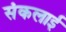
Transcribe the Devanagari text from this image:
संकलाई